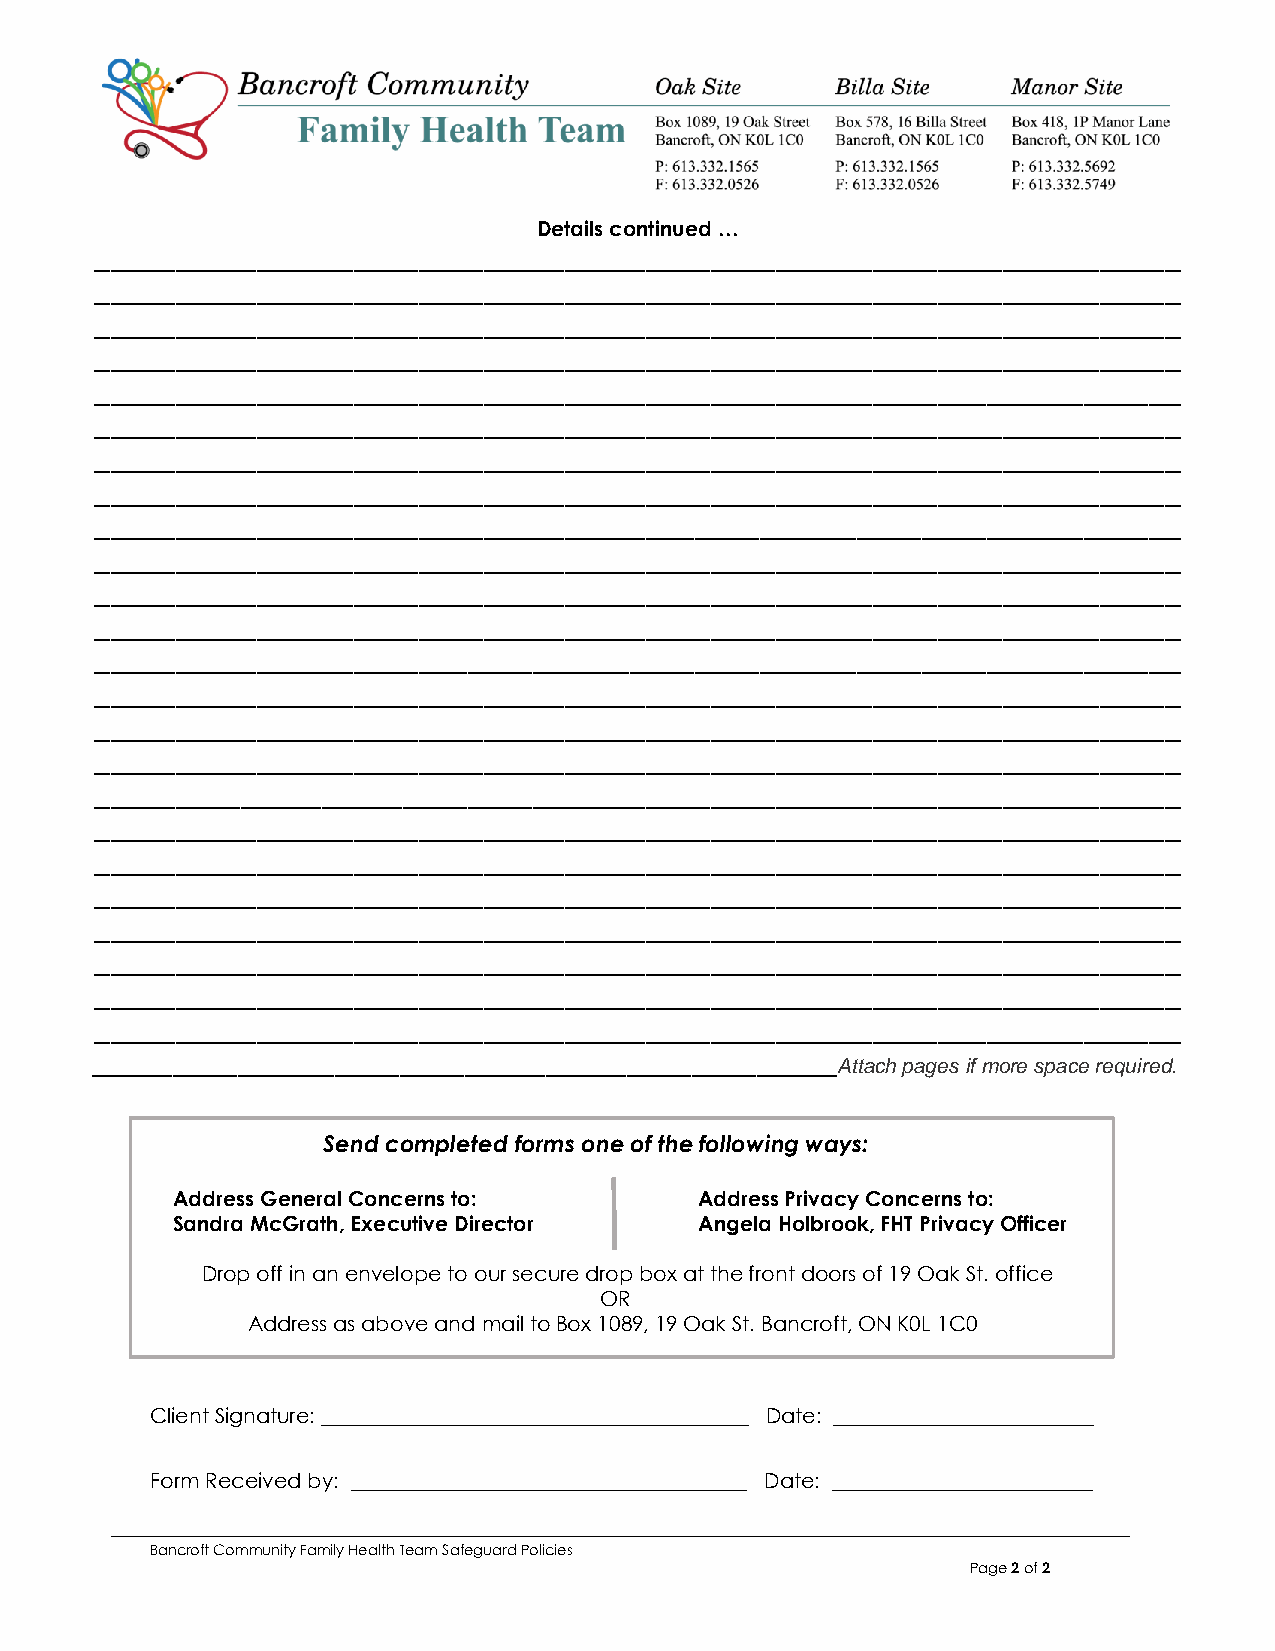
Details continued …
 ___________________________________________________________________
 ___________________________________________________________________
 ___________________________________________________________________
 ___________________________________________________________________
 ___________________________________________________________________
 ___________________________________________________________________
 ___________________________________________________________________
 ___________________________________________________________________
 ___________________________________________________________________
 ___________________________________________________________________
 ___________________________________________________________________
 ___________________________________________________________________
 ___________________________________________________________________
 ___________________________________________________________________
 ___________________________________________________________________
 ___________________________________________________________________
 ___________________________________________________________________
 ___________________________________________________________________
 ___________________________________________________________________
 ___________________________________________________________________
 ___________________________________________________________________
 ___________________________________________________________________
 ___________________________________________________________________
 ___________________________________________________________________
 ______________________________________________
 Attach pages if more space required.
 Send completed forms one of the following ways:
 Address General Concerns to:       Address Privacy Concerns to:
 Sandra McGrath, Executive Director Angela Holbrook, FHT Privacy Officer
 Drop off in an envelope to our secure drop box at the front doors of 19 Oak St. office
 OR
 Address as above and mail to Box 1089, 19 Oak St. Bancroft, ON K0L 1C0
 Client Signature: _________________________________________ Date: _________________________
 Form Received by: ______________________________________ Date: _________________________
 Bancroft Community Family Health Team Safeguard Policies
 Page 2 of 2